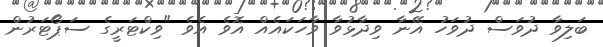
ބަލިވާ ދުވަސް ދުވަހު އޭނާ ވިދާޅުވާ ވާހަކައެއް އޮވެ އެވެ "ވިކްޓަރީގެ ސަޕޯޓަރުން